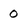
Character: 0